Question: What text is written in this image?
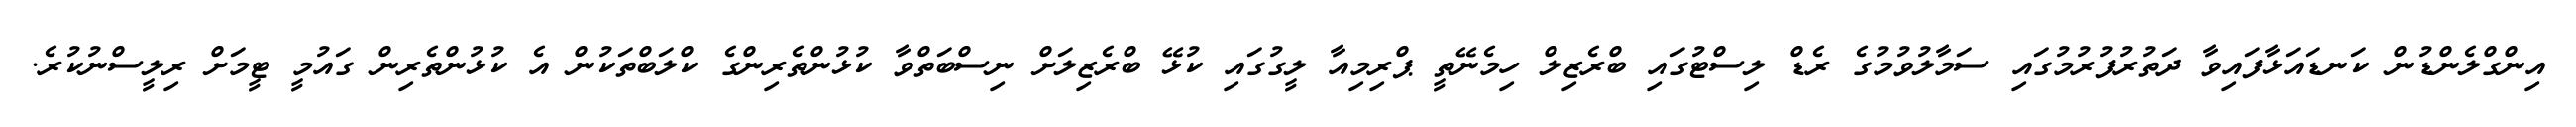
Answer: އިންގްލެންޑުން ކަނޑައަޅާފައިވާ ދަތުރުފުރުމުގައި ސަމާލުވުމުގެ ރެޑް ލިސްޓުގައި ބްރެޒިލް ހިމެނޭތީ ޕްރިމިއާ ލީގުގައި ކުޅޭ ބްރެޒިލަށް ނިސްބަތްވާ ކުޅުންތެރިންގެ ކްލަބްތަކުން އެ ކުޅުންތެރިން ގައުމީ ޓީމަށް ރިލީސްނުކުރެ.